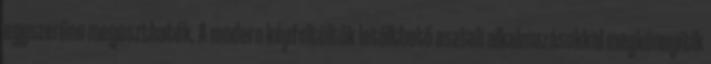
egyszerűen megoszthatók. A modern képfeltöltők letölthető asztali alkalmazásokkal megkönnyítik